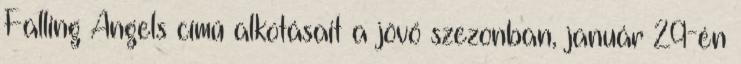
Falling Angels című alkotásait a jövő szezonban, január 29-én